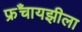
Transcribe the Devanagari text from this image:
फ्रॅंचायझीला